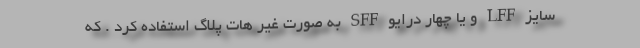
سایز LFF و یا چهار درایو SFF به صورت غیر هات پلاگ استفاده کرد . که